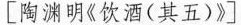
[陶渊明《饮酒(其五)》]